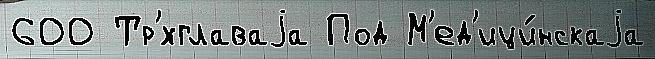
600 Тр'́хглаваjа Под М'ед'ици́нскаjа